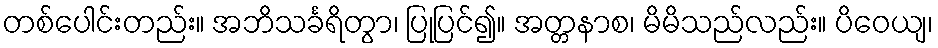
တစ်ပေါင်းတည်း။ အဘိသင်္ခရိတွာ၊ ပြုပြင်၍။ အတ္တနာစ၊ မိမိသည်လည်း။ ပိဝေယျ၊